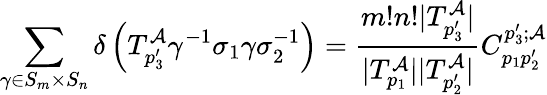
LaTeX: \sum_{\gamma\in S_{m}\times S_{n}}\delta\left(T_{p_{3}^{\prime}}^{\mathcal{A}}\gamma^{-1}\sigma_{1}\gamma\sigma_{2}^{-1}\right)=\frac{m!n!|T_{p_{3}^{\prime}}^{\mathcal{A}}|}{|T_{p_{1}}^{\mathcal{A}}||T_{p_{2}^{\prime}}^{\mathcal{A}}|}C_{p_{1}p_{2}^{\prime}}^{p_{3}^{\prime};\mathcal{A}}